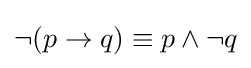
\neg (p\rightarrow q)\equiv p\wedge \neg q